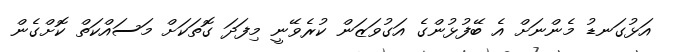
އަޅުގަނޑު މެންނަށް އެ ބޭފުޅުންގެ އަގުވަޒަން ކުރެވޭނީ މިފަދަ ގޮތަކަށް މަސައްކަތްް ކޮށްގެން